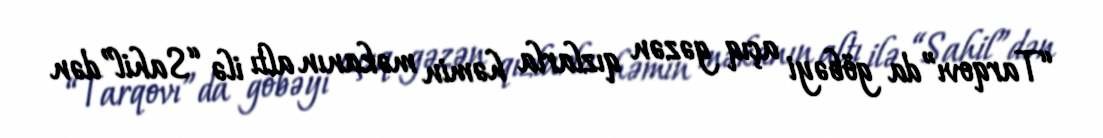
“Tarqovı”da göbəyi açıq gəzən qızlarla həmin məkanın altı ilə “Sahil”dən